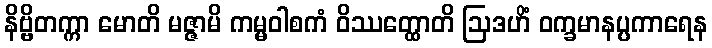
နိဗ္ဗိတက္ကာ မောတိ မဇ္ဇာမိ ကမ္မဝါစကံ ဝိဿတ္ထောတိ ဩဒဟိံ ဝက္ခမာနပ္ပကာရေန